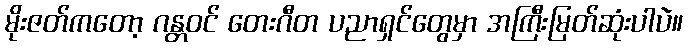
မိုးဇတ်ကတော့ ဂန္တဝင် တေးဂီတ ပညာရှင်တွေမှာ အကြီးမြတ်ဆုံးပါပဲ။